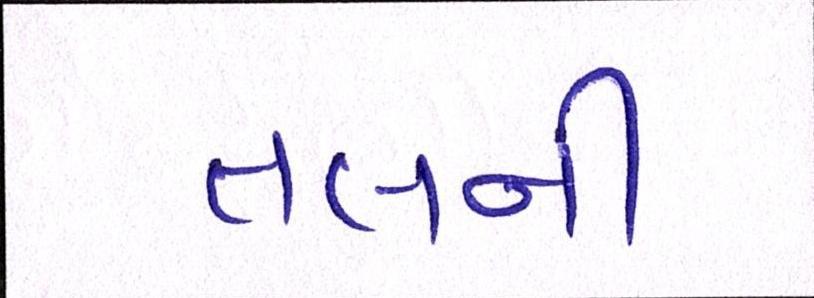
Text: તલની